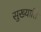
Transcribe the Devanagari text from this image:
सुख्याति